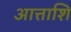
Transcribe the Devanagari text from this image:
आत्ताशि